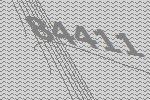
84411